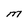
Character: M